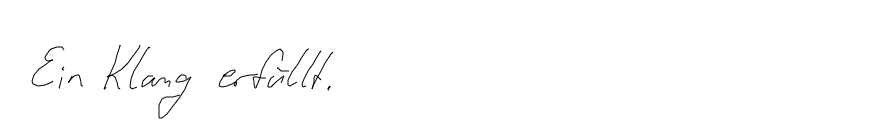
Ein Klang erfüllt.